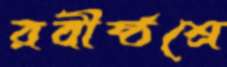
রবীষ্ঠশ্রে